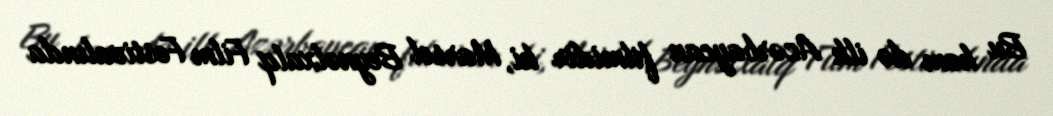
Bu həm də ilk Azərbaycan filmidir ki, Marsel Beynəlxalq Film Festivalında